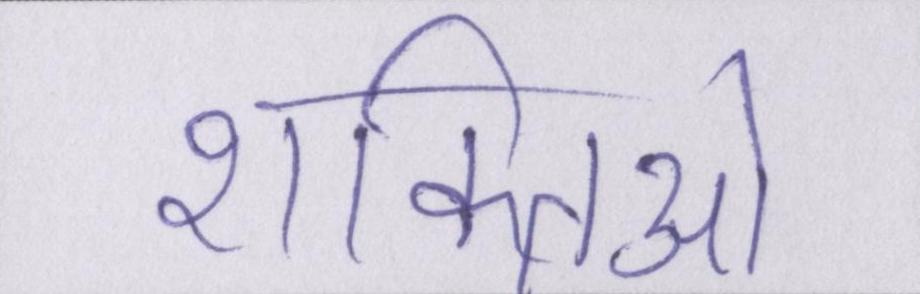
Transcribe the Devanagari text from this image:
शक्तिओ